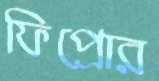
ফিপ্রোর